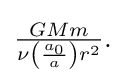
{\textstyle {\frac {GMm}{\nu \left({\frac {a_{0}}{a}}\right)r^{2}}}.}